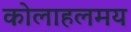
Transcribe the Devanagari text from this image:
कोलाहलमय